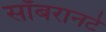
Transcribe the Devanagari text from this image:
सॉबरानटे